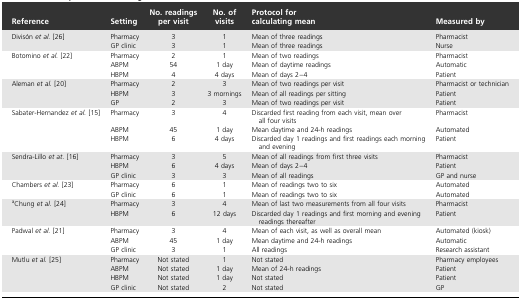
<table><thead><tr><td><b>Reference</b></td><td><b>Setting</b></td><td><b>No. readings per visit</b></td><td><b>No. of visits</b></td><td><b>Protocol for calculating mean</b></td><td><b>Measured by</b></td></tr></thead><tbody><tr><td>Divisón <i>et al.</i> [26]</td><td>Pharmacy</td><td>3</td><td>1</td><td>Mean of three readings</td><td>Pharmacist</td></tr><tr><td></td><td>GP clinic</td><td>3</td><td>1</td><td>Mean of three readings</td><td>Nurse</td></tr><tr><td>Botomino <i>et al.</i> [22]</td><td>Pharmacy</td><td>2</td><td>1</td><td>Mean of two readings</td><td>Pharmacist</td></tr><tr><td></td><td>ABPM</td><td>54</td><td>1 day</td><td>Mean of daytime readings</td><td>Automatic</td></tr><tr><td></td><td>HBPM</td><td>4</td><td>4 days</td><td>Mean of days 2–4</td><td>Patient</td></tr><tr><td>Aleman <i>et al.</i> [20]</td><td>Pharmacy</td><td>2</td><td>3</td><td>Mean of two readings per visit</td><td>Pharmacist or technician</td></tr><tr><td></td><td>HBPM</td><td>3</td><td>3 mornings</td><td>Mean of all readings per sitting</td><td>Patient</td></tr><tr><td></td><td>GP</td><td>2</td><td>3</td><td>Mean of two readings per visit</td><td>Patient</td></tr><tr><td>Sabater-Hernandez <i>et al.</i> [15]</td><td>Pharmacy</td><td>3</td><td>4</td><td>Discarded first reading from each visit, mean over all four visits</td><td>Pharmacist</td></tr><tr><td></td><td>ABPM</td><td>45</td><td>1 day</td><td>Mean daytime and 24-h readings</td><td>Automated</td></tr><tr><td></td><td>HBPM</td><td>6</td><td>4 days</td><td>Discarded day 1 readings and first readings each morning and evening</td><td>Patient</td></tr><tr><td>Sendra-Lillo <i>et at.</i> [16]</td><td>Pharmacy</td><td>3</td><td>5</td><td>Mean of all readings from first three visits</td><td>Pharmacist</td></tr><tr><td></td><td>HBPM</td><td>6</td><td>4 days</td><td>Mean of days 2–4</td><td>Patient</td></tr><tr><td></td><td>GP clinic</td><td>3</td><td>3</td><td>Mean of all readings</td><td>GP and nurse</td></tr><tr><td>Chambers <i>et al.</i> [23]</td><td>Pharmacy</td><td>6</td><td>1</td><td>Mean of readings two to six</td><td>Automated</td></tr><tr><td></td><td>GP clinic</td><td>6</td><td>1</td><td>Mean of readings two to six</td><td>Automated</td></tr><tr><td><sup>a</sup>Chung <i>et al.</i> [24]</td><td>Pharmacy</td><td>3</td><td>4</td><td>Mean of last two measurements from all four visits</td><td>Pharmacist</td></tr><tr><td></td><td>HBPM</td><td>6</td><td>12 days</td><td>Discarded day 1 readings and first morning and evening readings thereafter</td><td>Patient</td></tr><tr><td>Padwal <i>et al.</i> [21]</td><td>Pharmacy</td><td>3</td><td>4</td><td>Mean of each visit, as well as overall mean</td><td>Automated (kiosk)</td></tr><tr><td></td><td>ABPM</td><td>45</td><td>1 day</td><td>Mean daytime and 24-h readings</td><td>Automatic</td></tr><tr><td></td><td>GP clinic</td><td>3</td><td>1</td><td>All readings</td><td>Research assistant</td></tr><tr><td>Mutlu <i>et al.</i> [25]</td><td>Pharmacy</td><td>Not stated</td><td>1</td><td>Not stated</td><td>Pharmacy employees</td></tr><tr><td></td><td>ABPM</td><td>Not stated</td><td>1 day</td><td>Mean of 24-h readings</td><td>Patient</td></tr><tr><td></td><td>HBPM</td><td>Not stated</td><td>1 day</td><td>Not stated</td><td>Patient</td></tr><tr><td></td><td>GP clinic</td><td>Not stated</td><td>2</td><td>Not stated</td><td>GP</td></tr></tbody></table>